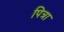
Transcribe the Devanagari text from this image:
पित्रा